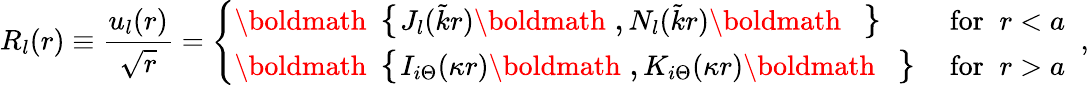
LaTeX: R_{l}(r)\equiv\frac{u_{l}(r)}{\sqrt{r}}=\left\{ \begin{array}{lr}{{\mathrm{\boldmath\large~\left\{ ~\right.~}\! \! \! J_{l}(\tilde{k}r)\mathrm{\boldmath\large~,~}\! \! N_{l}(\tilde{k}r)\mathrm{\boldmath\large~\left.~\right\} ~}\! \! \; }}&{{\textrm{for}\; \; r<a}}\\ {{\mathrm{\boldmath\large~\left\{ ~\right.~}\! \! \! I_{i\Theta}(\kappa r)\mathrm{\boldmath\large~,~}\! \! K_{i\Theta}(\kappa r)\mathrm{\boldmath\large~\left.~\right\} ~}\! \! \; }}&{{\textrm{for}\; \; r>a}}\end{array}\right.\; \; ,